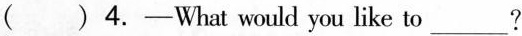
( )4.—What would you like to___?